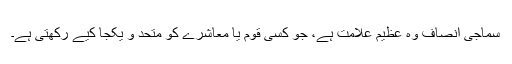
سماجی انصاف وہ عظیم علامت ہے، جو کسی قوم یا معاشرے کو متحد و یکجا کیے رکھتی ہے۔